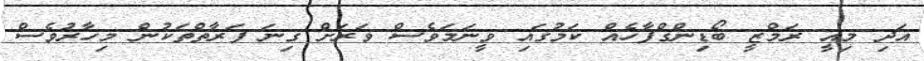
އަދި މިއީ ރަމްޒީ ބޯޑިންގްފާހެއް ކަމުގައި ވީނަމަވެސް ވަރަށް ގިނަ ފަރާތްތަކުން މިހާރުވެސް